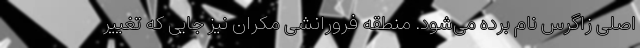
اصلی زاگرس نام برده می‌شود. منطقه فرورانشی مکران نیز جایی که تغییر